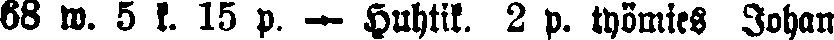
68 w. 5 k. 15 p. — Huhtik. 2 p. työmies Johan